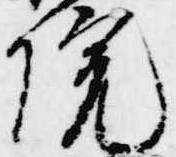
院